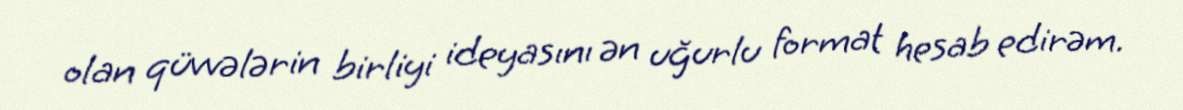
olan qüvvələrin birliyi ideyasını ən uğurlu format hesab edirəm.